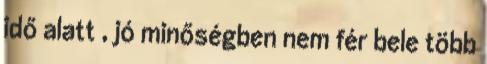
idő alatt , jó minőségben nem fér bele több